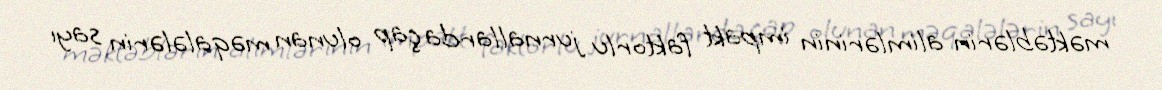
məktəblərin alimlərinin impakt faktorlu jurnallarda çap olunan məqalələrin sayı